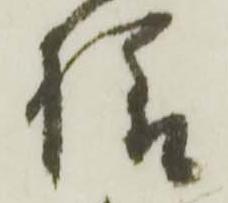
様